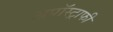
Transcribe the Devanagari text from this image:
अपॉस्ट्राफी